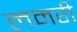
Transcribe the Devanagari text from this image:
लमरी